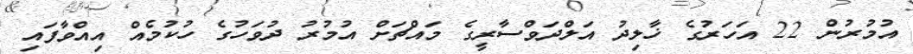
އުމުރުން 22 އަހަރުގެ ޚާލިދު އަލްދަވްސާރީގެ މައްޗަށް އުމުރު ދުވަހުގެ ހުކުމެއް އިއްވާފައި